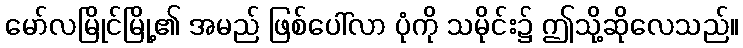
မော်လမြိုင်မြို့၏ အမည် ဖြစ်ပေါ်လာ ပုံကို သမိုင်း၌ ဤသို့ဆိုလေသည်။